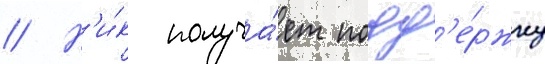
// Н'и́к получа́ет подд'е́ржку